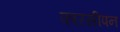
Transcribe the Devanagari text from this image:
फारसीपन